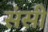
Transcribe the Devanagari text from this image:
संसी